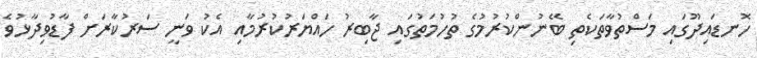
ހޮނޑައިދޫގައި މަސްތުވާތަކެތި ބޭނުންކުރުމުގެ ތުހުމަތުގައި ޖާބިރު ހައްޔަރުކުރުމާއި އެކު ވަނީ ސަރުކާރަށް ފާޑުވިދާޅުވެ